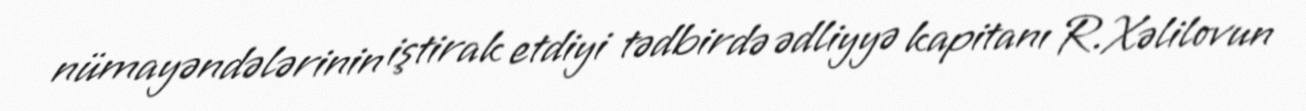
nümayəndələrinin iştirak etdiyi tədbirdə ədliyyə kapitanı R.Xəlilovun